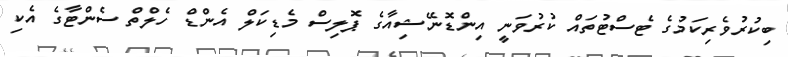
ބިކުރުވެރިކަމުގެ ޓެސްޓުތައް ކުރުވަނީ އިންޑޮނޭޝިއާގެ ޕޮލިސް މެޑިކަލް އެންޑް ހެލްތް ސެންޓާގެ އެކި